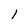
Character: 1